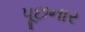
પૂછનાર